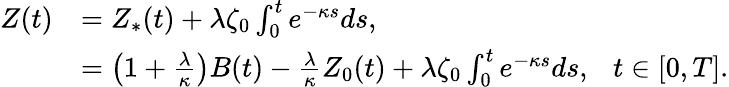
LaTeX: \begin{array}{rl}{Z(t)}&{=Z_{\ast}(t)+\lambda\zeta_{0}\int_{0}^{t}e^{-\kappa s}ds,}\\ &{=\left(1+\frac{\lambda}{\kappa}\right)B(t)-\frac{\lambda}{\kappa}Z_{0}(t)+\lambda\zeta_{0}\int_{0}^{t}e^{-\kappa s}ds,~~~t\in[0,T].}\end{array}